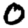
Digit: 0